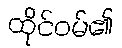
ထိုင်ဝမ်၏